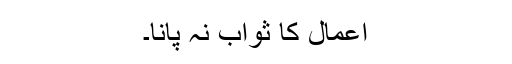
اعمال کا ثواب نہ پانا۔